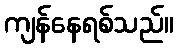
ကျန်နေရစ်သည်။